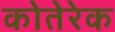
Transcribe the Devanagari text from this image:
कोतेरेक